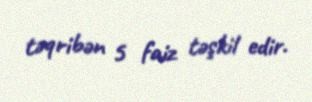
təqribən 5 faiz təşkil edir.